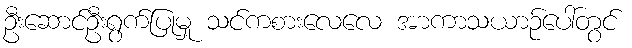
ဦးဆောင်ဦးရွက်ပြုမှု သင်ကစားလေလေ အာကာသယာဉ်ပေါ်တွင်